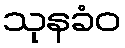
သုနခံဝ